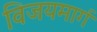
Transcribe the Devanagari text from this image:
विजयमार्ग